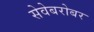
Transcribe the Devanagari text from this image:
सेवेबरोबर